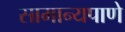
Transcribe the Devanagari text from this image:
सामान्यपाणे